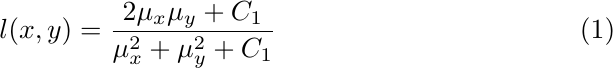
    \begin{equation}
        \label{eq:luminance}
        l(x,y) = \frac{2\mu_x\mu_y + C_1}{\mu_x^2+ \mu_y^2 + C_1}
    \end{equation}